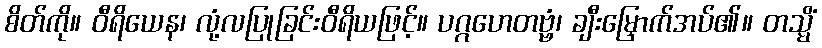
စိတ်ကို။ ဝီရိယေန၊ လုံ့လပြုခြင်းဝီရိယဖြင့်။ ပဂ္ဂဟေတဗ္ဗံ၊ ချီးမြှောက်အပ်၏။ တသ္မိံ